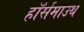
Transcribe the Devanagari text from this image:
हॉर्समाउथ